Annual administration report of the Civil Veterinary Department of India - 1895-1896
Year: 1895
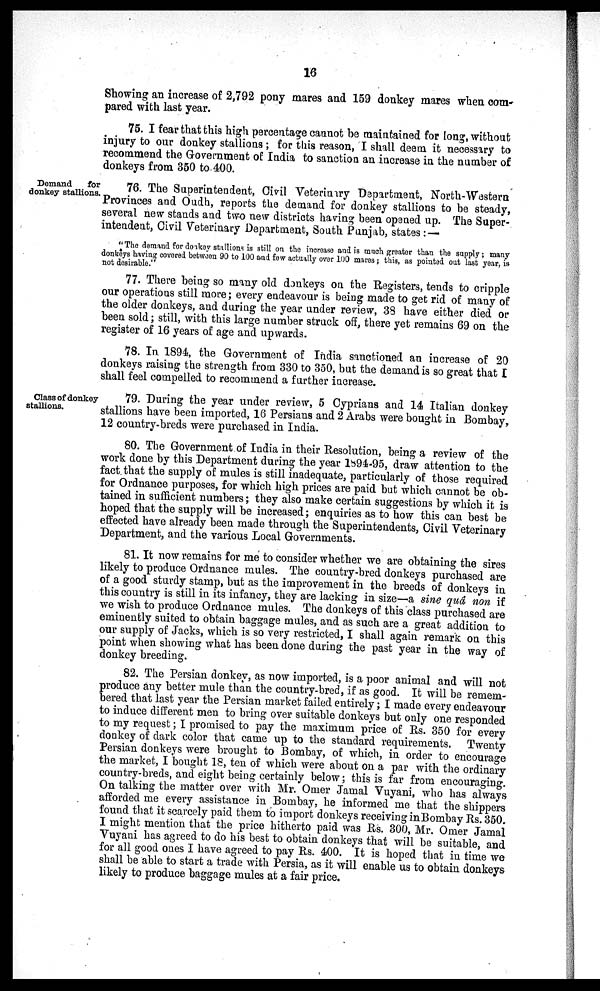
16
Showing an increase of 2,792 pony mares and 159 donkey mares when com-
pared with last year.
75. I fear that this high percentage cannot be maintained for long, without
injury to our donkey stallions; for this reason, I shall deem it necessary to
recommend the Government of India to sanction an increase in the number of
donkeys from 350 to 400.
Demand
for
donkey stallions.
76. The Superintendent, Civil Veterinary Department, North-Western
Provinces and Oudh, reports the demand for donkey stallions to be steady,
several new stands and two new districts having been opened up. The Super-
intendent, Civil Veterinary Department, South Punjab, states:—
"The demand for donkey stallions is still on the increase and is much greater than the supply; many
donkeys having covered between 90 to 100 and few actually over 100 mares; this, as pointed out last year, is
not desirable."
77. There being so many old donkeys on the Registers, tends to cripple
our operations still more; every endeavour is being made to get rid of many of
the older donkeys, and during the year under review, 38 have either died or
been sold; still, with this large number struck off, there yet remains 69 on the
register of 16 years of age and upwards.
78. In 1894, the Government of India sanctioned an increase of 20
donkeys raising the strength from 330 to 350, but the demand is so great that I
shall feel compelled to recommend a further increase.
Class of donkey
stallions.
79. During the year under review, 5 Cyprians and 14 Italian donkey
stallions have been imported, 16 Persians and 2 Arabs were bought in Bombay,
12 country-breds were purchased in India.
80. The Government of India in their Resolution, being a review of the
work done by this Department during the year 1894-95, draw attention to the
fact that the supply of mules is still inadequate, particularly of those required
for Ordnance purposes, for which high prices are paid but which cannot be ob-
tained in sufficient numbers; they also make certain suggestions by which it is
hoped that the supply will be increased; enquiries as to how this can best be
effected have already been made through the Superintendents, Civil Veterinary
Department, and the various Local Governments.
81. It now remains for me to consider whether we are obtaining the sires
likely to produce Ordnance mules. The country-bred donkeys purchased are
of a good sturdy stamp, but as the improvement in the breeds of donkeys in
this country is still in its infancy, they are lacking in size—a sine quâ non if
we wish to produce Ordnance mules. The donkeys of this class purchased are
eminently suited to obtain baggage mules, and as such are a great addition to
our supply of Jacks, which is so very restricted, I shall again remark on this
point when showing what has been done during the past year in the way of
donkey breeding.
82. The Persian donkey, as now imported, is a poor animal and will not
produce any better mule than the country-bred, if as good. It will be remem-
bered that last year the Persian market failed entirely; I made every endeavour
to induce different men to bring over suitable donkeys but only one responded
to my request; I promised to pay the maximum price of Rs. 350 for every
donkey of dark color that came up to the standard requirements. Twenty
Persian donkeys were brought to Bombay, of which, in order to encourage
the market, I bought 18, ten of which were about on a par with the ordinary
country-breds, and eight being certainly below; this is far from encouraging.
On talking the matter over with Mr. Omer Jamal Vuyani, who has always
afforded me every assistance in Bombay, he informed me that the shippers
found that it scarcely paid them to import donkeys receiving in Bombay Rs. 350.
I might mention that the price hitherto paid was Rs. 300, Mr. Omer Jamal
Vuyani has agreed to do his best to obtain donkeys that will be suitable, and
for all good ones I have agreed to pay Rs. 400. It is hoped that in time we
shall be able to start a trade with Persia, as it will enable us to obtain donkeys
likely to produce baggage mules at a fair price.